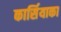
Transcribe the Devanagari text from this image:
कार्सियाका